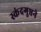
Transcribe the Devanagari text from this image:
स्कंदगुप्तने